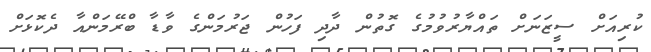
ކުރިއަށް ސީޒަނަށް ތައްޔާރުވުމުގެ ގޮތުން ދާދި ފަހުން ޖަރުމަންގެ ވާޑާ ބްރޭމަންއާ ދެކޮޅަށް